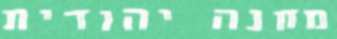
מחנה יהודית